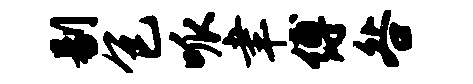
剔包呱聿缚咎